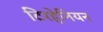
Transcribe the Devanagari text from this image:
टिरहेनियन